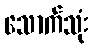
သောက်သုံး